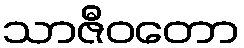
သာဇီဝတော